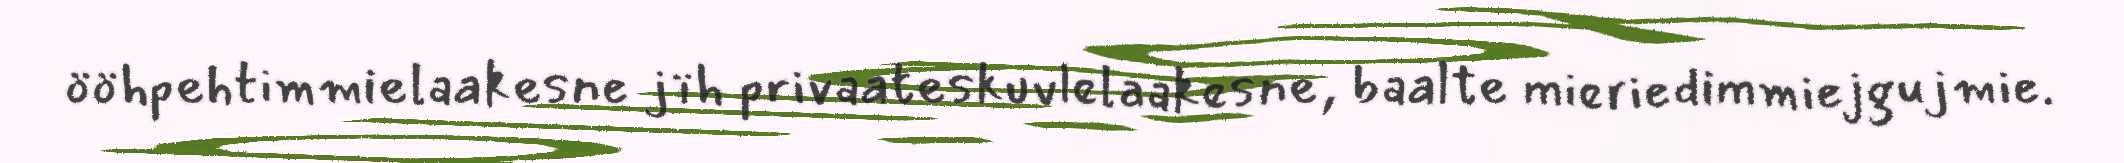
ööhpehtimmielaakesne jïh privaateskuvlelaakesne, baalte mieriedimmiejgujmie.